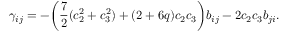
\gamma _ { i j } = - \bigg ( \frac { 7 } { 2 } ( c _ { 2 } ^ { 2 } + c _ { 3 } ^ { 2 } ) + ( 2 + 6 q ) c _ { 2 } c _ { 3 } \bigg ) b _ { i j } - 2 c _ { 2 } c _ { 3 } b _ { j i } .